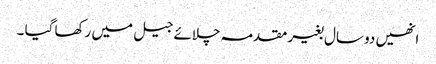
انھیں دو سال بغیر مقدمہ چلائے جیل میں رکھا گیا ۔